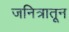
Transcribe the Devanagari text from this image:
जनित्रातून